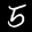
Label: 5